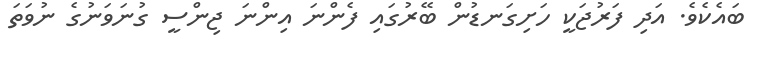
ބައެކެވެ. އަދި ފަރުޖަކީ ހަށިގަނޑުން ބޭރުގައި ފެންނަ އިންނަ ޖިންސީ ގުނަވަނުގެ ނުވަތަ